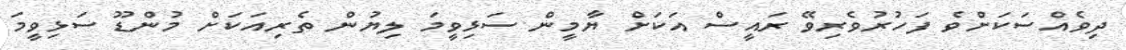
ދިވެއްސަކަށްވެ ފަހުރުވެރިވޭ ރައީސް އަކަށް ޔާމީން ސަޅިވީމަ ލިޔުން ތެރިއަކަށް މުންޑޫ ސަޅިވީމަ